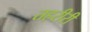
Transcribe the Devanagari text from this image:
तहरीरी